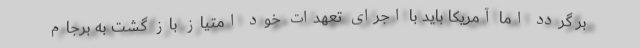
بر گردد اما آمریکا باید با اجرای تعهدات خود امتیاز باز گشت به برجام